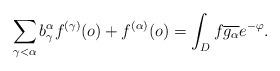
LaTeX: \begin{align*}\sum_{\gamma<\alpha}b_{\gamma}^{\alpha}f^{(\gamma)}(o)+f^{(\alpha)}(o)=\int_D f\overline{{g}_{\alpha}}e^{-\varphi}.\end{align*}